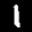
Label: 1